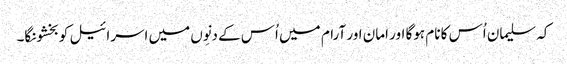
کہ سلیمان اُس کا نام ہوگا اور امان اور آرام میں اُس کے دنِوں میں اسرائیل کو بخشونگا۔